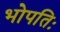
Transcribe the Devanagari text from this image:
भोपतिः